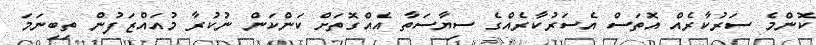
ކޮންމެ ސަރުކާރެއް އޮތަސް އެސަރުކާރެއްގެ ސިޔާސަތާ އެއްގޮތަށް ކަންކަން ނުކުރާ މުއައްޒަފުން ތިބިނަމަ